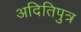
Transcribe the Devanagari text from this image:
अदितिपुत्र